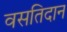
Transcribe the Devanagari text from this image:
वसतिदान